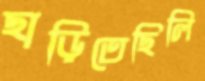
ছাড়িতেছিলি